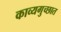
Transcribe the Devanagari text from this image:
काव्यगुच्छात